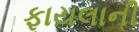
ફાયલાની